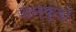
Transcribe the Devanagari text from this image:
अलफ़्रेडो